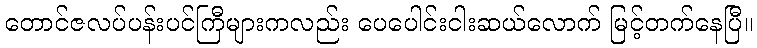
တောင်ဇလပ်ပန်းပင်ကြီများကလည်း ပေပေါင်းငါးဆယ်လောက် မြင့်တက်နေပြီ။